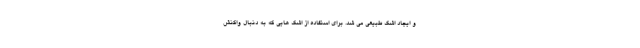
و ایجاد اشک طبیعی می شد. برای استفاده از اشک هایی که به دنبال واکنش